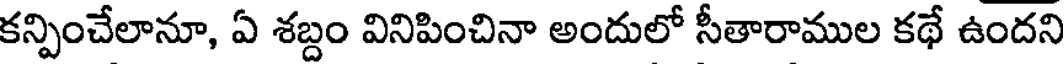
కన్పించేలానూ, ఏ శబ్దం వినిపించినా అందులో సీతారాముల కథే ఉందని